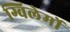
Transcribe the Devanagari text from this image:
ग्विलेर्मो